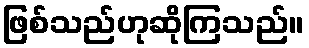
ဖြစ်သည်ဟုဆိုကြသည်။